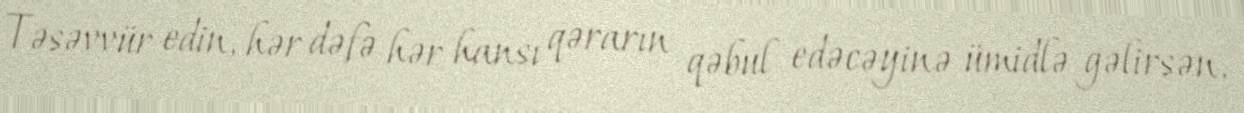
Təsəvvür edin, hər dəfə hər hansı qərarın qəbul edəcəyinə ümidlə gəlirsən,